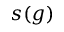
s ( g )